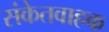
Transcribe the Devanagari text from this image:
संकेतवाहक